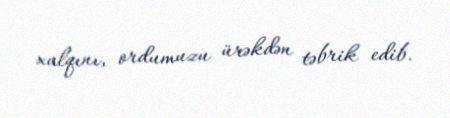
xalqını, ordumuzu ürəkdən təbrik edib.